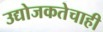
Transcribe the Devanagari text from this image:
उद्योजकतेचाही